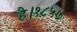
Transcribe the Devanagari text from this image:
है।१८५७